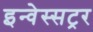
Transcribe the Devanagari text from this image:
इन्वेस्सट्रर